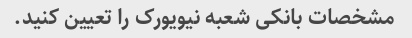
مشخصات بانکی شعبه نیویورک را تعیین کنید.